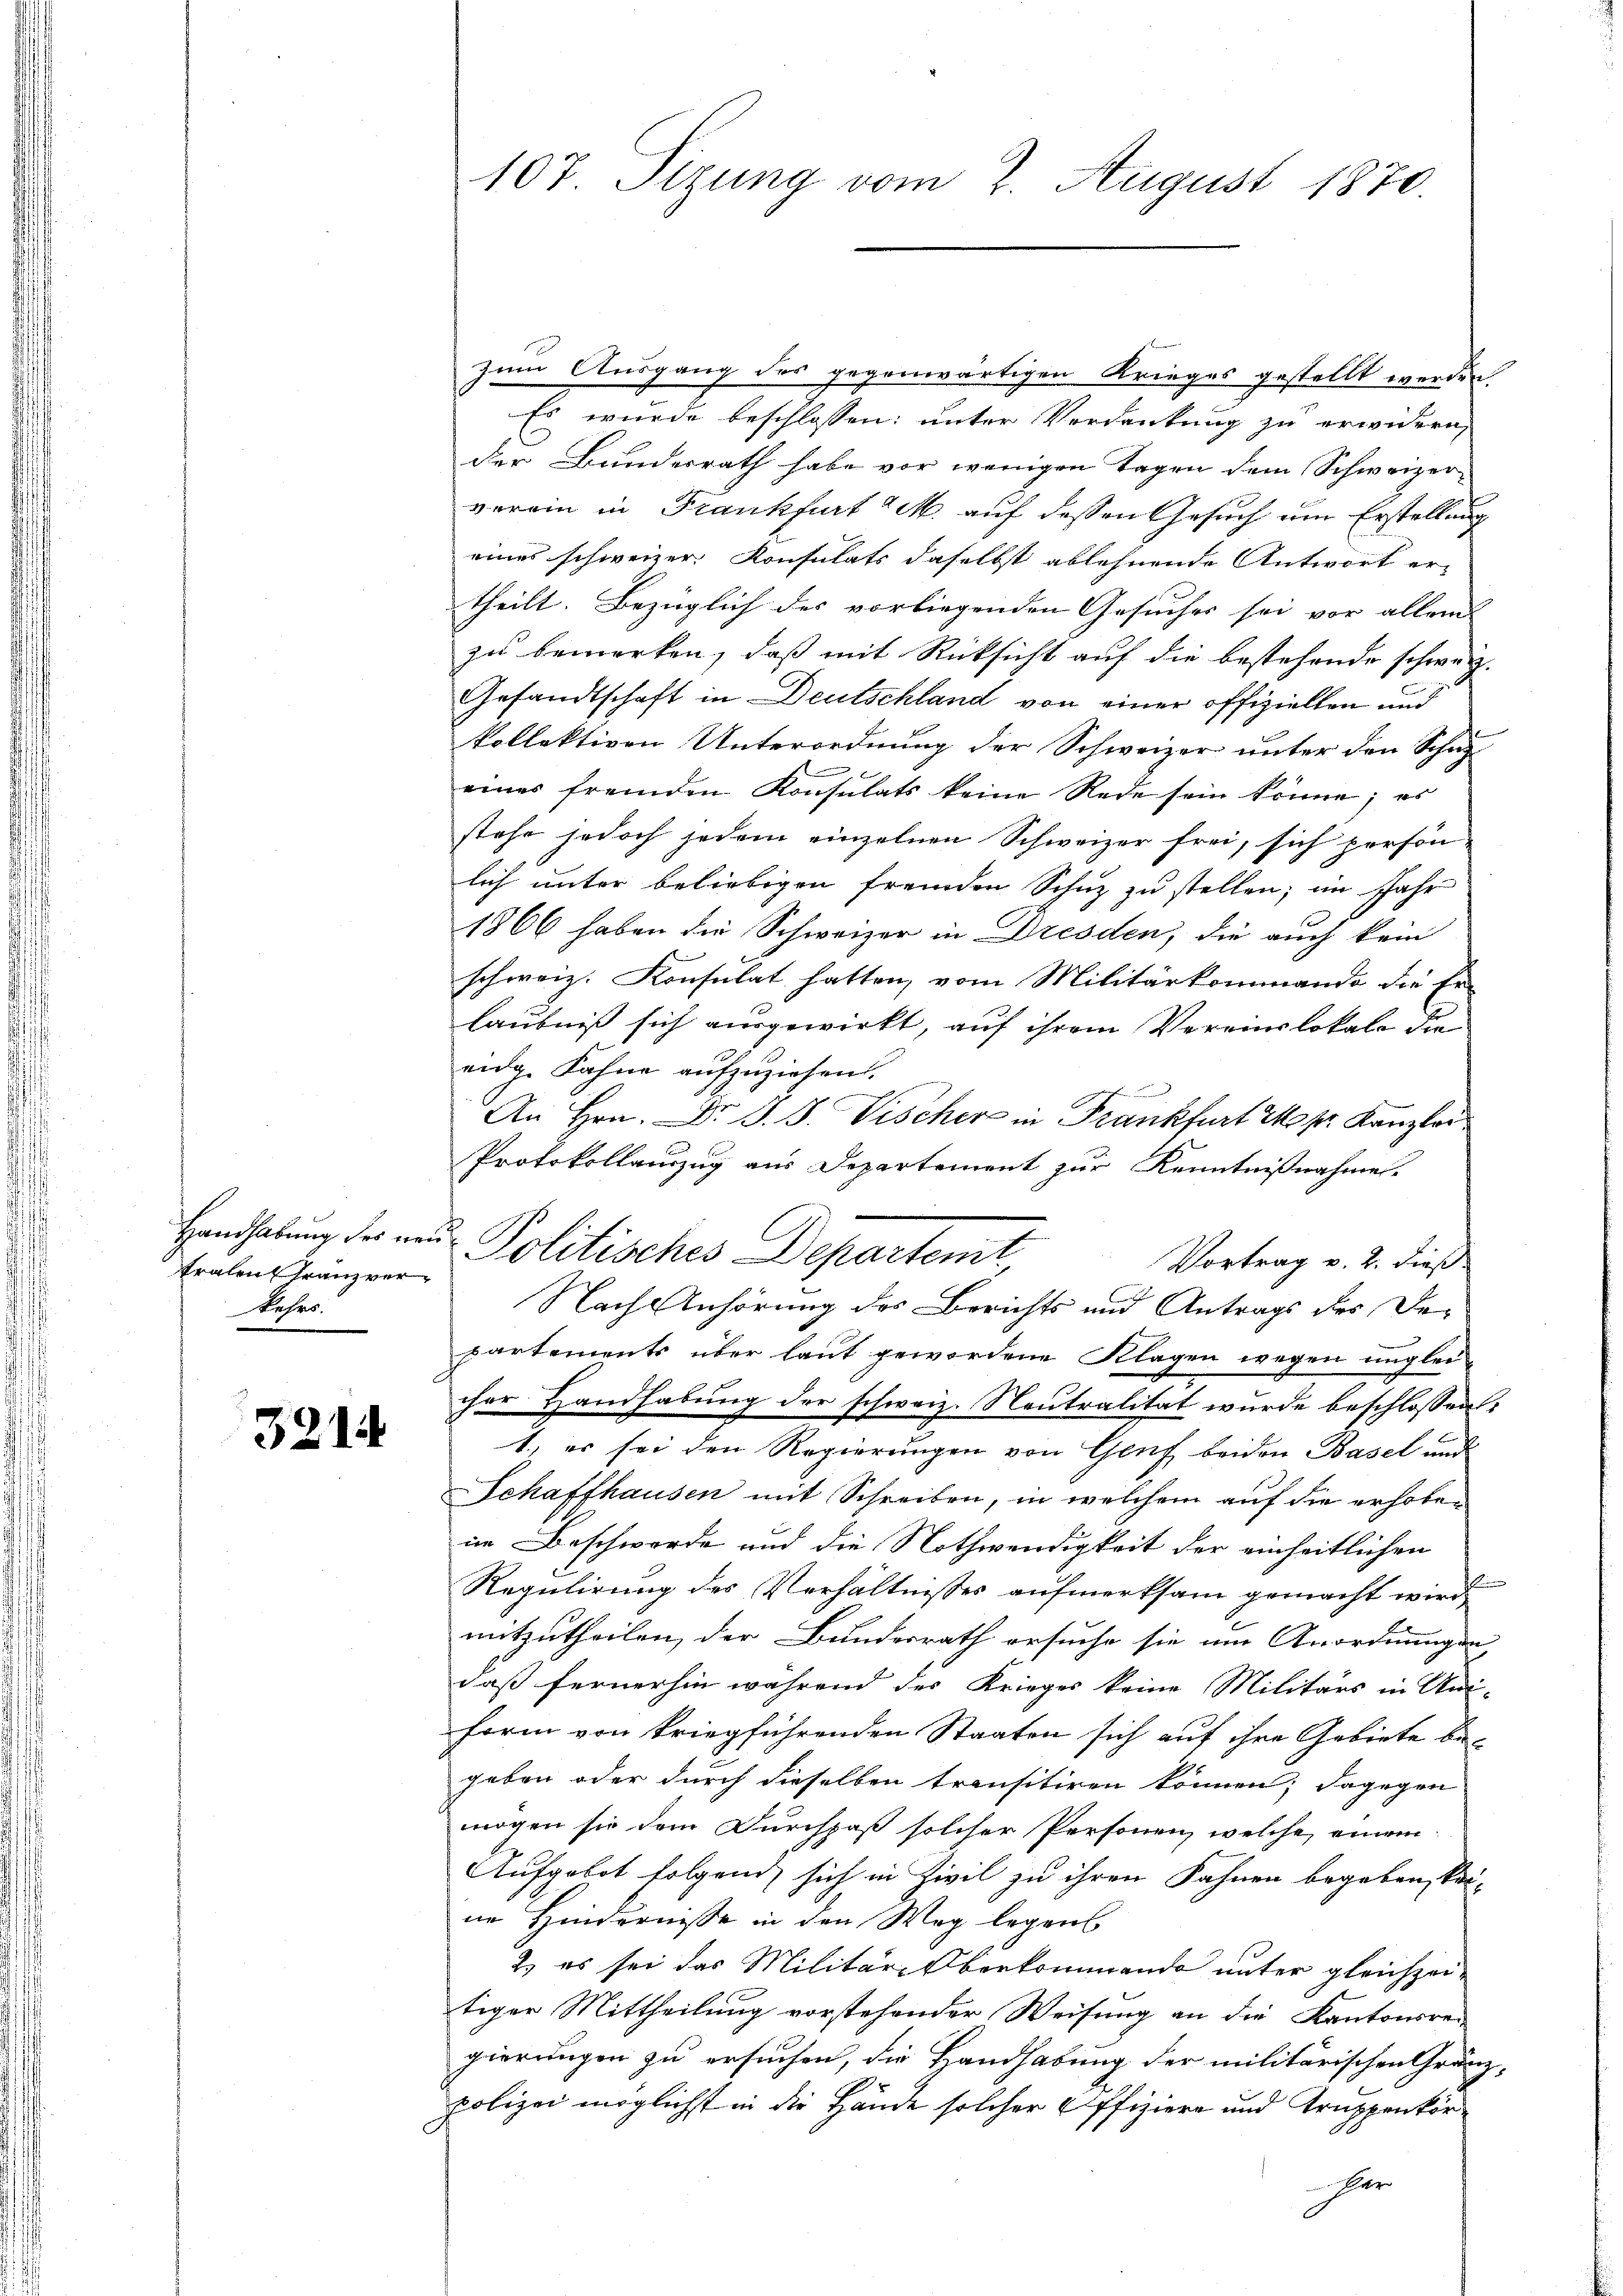
tralen Franzverkehrs.

3214

zum Ausgang des gegenwärtigen Krieges gestellt werden.
Es wurde beschlossen: unter Verdankung zu erwidern,
der Bundesrath habe vor wenigen Tagen dem Schweizerverein in Frankfurt M. auf dessen Gesuch um Erstellung
eines schweizer Konsulats daselbst ablehnende Antwort er-
theilt. Bezüglich des vorliegenden Gesuches sei vor allein
zu bemerken, daß mit Rücksicht auf die bestehende schweiz.
Gesandtschaft in Deutschland von einer offizielten und
kollektiven Unterordnung der Schweizer unter den Schut
eines fremden Konsulats keine Rede sein könne; es
stehe jedoch jedem einzelnen Schweizer frei, sich person
lich unter beliebigen fremden Schuz zu stellen; im Jahr
1866 haben die Schweizer in Dresden, die auch kein
schweiz. Konsulat hatten, vom Militärkommando die Er-
laubniß sich ausgewirkt, auf ihrem Vereinslokale die
eidg. Fahne aufzuziehen.
An Hrn. Dr. J. J. Vischer in Frankfurt M. pr. Kanzlei
Protokollauszug aus Departement zur Kenntnißnahme.
Vortrag v. 2. dieß
Nach Anhörung des Berichts und Antrags der Departements über laut gewordene Klagen wegen ungleicher Handhabung der schweiz. Neutralität wurde beschlossen:
1.) es sei den Regierungen von Genf beiden Basel und
Schaffhausen mit Schreiben, in welchem auf die erhobeim Beschwerde und die Nothwendigkeit der einheitlichen
Regulirung des Verhältnisses aufmerksam gemacht wird,
mitzutheilen, der Bundesrath ersuche sie um Anordnungen
daß fernerhin während des Krieges keine Militärs in Uni-
Form von kriegführenden Staaten sich auf ihre Gebiete begeben oder durch dieselben transitiren können; dagegen
mögen sie dem Durchpaß solcher Personen, welche, einem
Aufgebot folgend sich in Zivil zu ihren Fahnen begeben kei-
ne Hindernisse in den Weg legens
2.) es sei das Militär-Oberkommende unter gleichzeitiger Mittheilung vorstehender Weisung an die Kantonsrei
gierungen zu ersuchen, die Handhabung der militärischen Gränz-
polizei möglichst in die Hände solcher Offiziere und Truppenkorr

107 Sizung vom 2. August 1870.

Handhabung der ein Politisches Departemt,